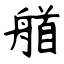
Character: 艏